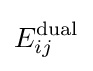
E_{ij}^{\text{dual}}